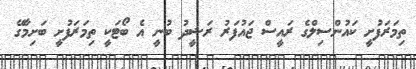
ތިމަރަފުށީ ކައުންސިލްގެ ރައީސް ޖައުފަރު ރަޝީދު ބުނީ އެ ބޯޓަކީ ތިމަރަފުށީ ބަށިމާގޭ